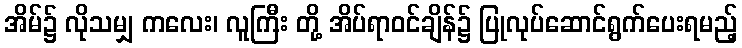
အိမ်၌ လိုသမျှ ကလေး၊ လူကြီး တို့ အိပ်ရာဝင်ချိန်၌ ပြုလုပ်ဆောင်ရွက်ပေးရမည့်